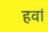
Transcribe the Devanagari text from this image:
हवां